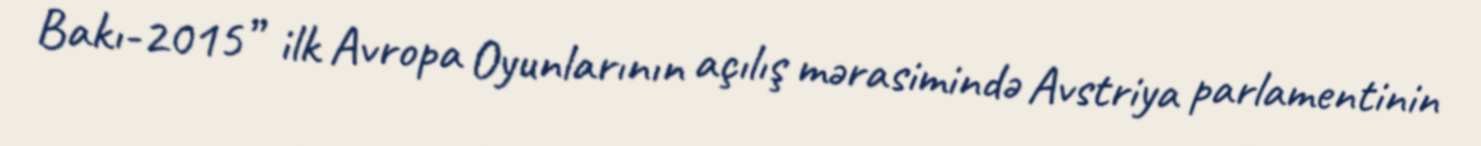
Bakı-2015” ilk Avropa Oyunlarının açılış mərasimində Avstriya parlamentinin